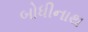
બોધીનાથ